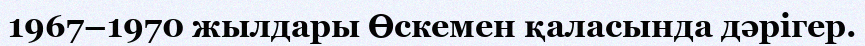
1967–1970 жылдары Өскемен қаласында дәрігер.